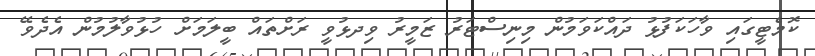
ކޮމެޓީގައި ވާހަކަފުޅު ދައްކަވަމުން މިނިސްޓަރު ޒަމީރު ވިދޅުވީ ރަށްތައް ބީލަމަށް ހުޅުވާލުމުން އެދެވޭ